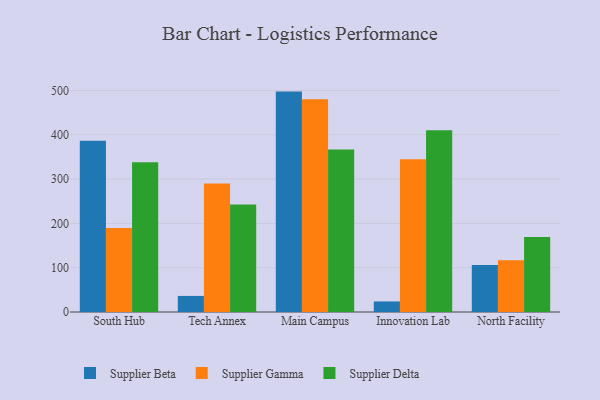
{"axis": {"x": "Campus", "y": "Backlog"}, "legend": ["Supplier Beta", "Supplier Delta", "Supplier Gamma"], "data": [{"x": "South Hub", "y": 386.4, "type": "Supplier Beta"}, {"x": "South Hub", "y": 189.7, "type": "Supplier Gamma"}, {"x": "South Hub", "y": 337.8, "type": "Supplier Delta"}, {"x": "Tech Annex", "y": 36.3, "type": "Supplier Beta"}, {"x": "Tech Annex", "y": 290.0, "type": "Supplier Gamma"}, {"x": "Tech Annex", "y": 242.5, "type": "Supplier Delta"}, {"x": "Main Campus", "y": 497.4, "type": "Supplier Beta"}, {"x": "Main Campus", "y": 479.9, "type": "Supplier Gamma"}, {"x": "Main Campus", "y": 367.0, "type": "Supplier Delta"}, {"x": "Innovation Lab", "y": 23.8, "type": "Supplier Beta"}, {"x": "Innovation Lab", "y": 344.9, "type": "Supplier Gamma"}, {"x": "Innovation Lab", "y": 410.1, "type": "Supplier Delta"}, {"x": "North Facility", "y": 106.1, "type": "Supplier Beta"}, {"x": "North Facility", "y": 116.8, "type": "Supplier Gamma"}, {"x": "North Facility", "y": 169.1, "type": "Supplier Delta"}]}